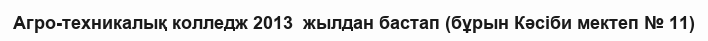
Агро-техникалық колледж 2013  жылдан бастап (бұрын Кәсіби мектеп № 11)